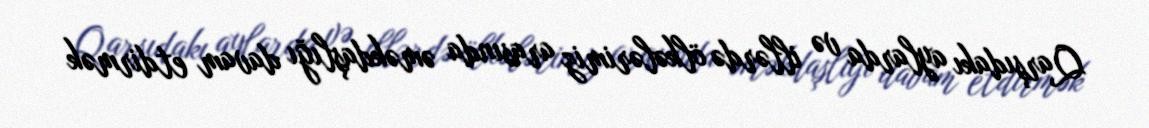
Qarşıdakı aylarda və illərdə ölkələrimiz arasında əməkdaşlığı davam etdirmək